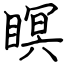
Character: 瞑